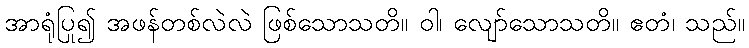
အာရုံပြု၍ အဖန်တစ်လဲလဲ ဖြစ်သောသတိ။ ဝါ၊ လျော်သောသတိ။ ဧတံ၊ သည်။